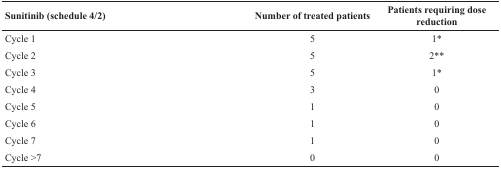
<table><thead><tr><td><b>Sunitinib (schedule 4/2)</b></td><td><b>Number of treated patients</b></td><td><b>Patients requiring dose reduction</b></td></tr></thead><tbody><tr><td>Cycle 1</td><td>5</td><td>1*</td></tr><tr><td>Cycle 2</td><td>5</td><td>2**</td></tr><tr><td>Cycle 3</td><td>5</td><td>1*</td></tr><tr><td>Cycle 4</td><td>3</td><td>0</td></tr><tr><td>Cycle 5</td><td>1</td><td>0</td></tr><tr><td>Cycle 6</td><td>1</td><td>0</td></tr><tr><td>Cycle 7</td><td>1</td><td>0</td></tr><tr><td>Cycle &gt;7</td><td>0</td><td>0</td></tr></tbody></table>